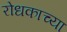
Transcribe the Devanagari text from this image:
रोधकाच्या